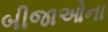
બીજાઓના